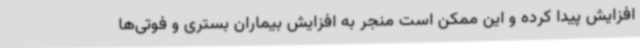
افزایش پیدا کرده و این ممکن است منجر به افزایش بیماران بستری و فوتی‌ها